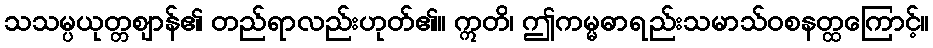
သသမ္ပယုတ္တဈာန်၏ တည်ရာလည်းဟုတ်၏။ ဣတိ၊ ဤကမ္မဓာရည်းသမာသ်ဝစနတ္ထကြောင့်။